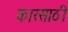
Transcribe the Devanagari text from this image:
कारसाठी